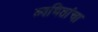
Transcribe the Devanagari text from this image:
व्यथितांचा